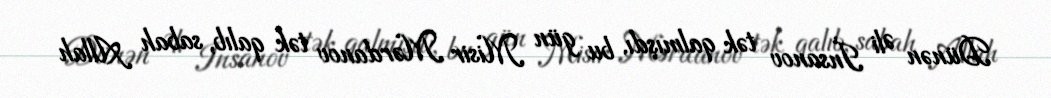
Dünən Əli İnsanov tək qalmışdı, bu gün Misir Mərdanov tək qalıb, sabah Allah